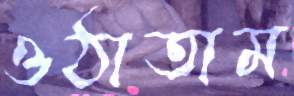
ওঠাতাম